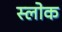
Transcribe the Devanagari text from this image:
स्लोक